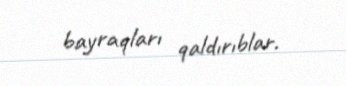
bayraqları qaldırıblar.